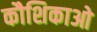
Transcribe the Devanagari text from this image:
कौशिकाओ